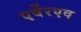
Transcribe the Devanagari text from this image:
एर्वेरएव